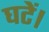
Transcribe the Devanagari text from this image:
घटें।